Indian journal of veterinary science and animal husbandry - Volumes 18-21, 1948-1951
Year: 1948
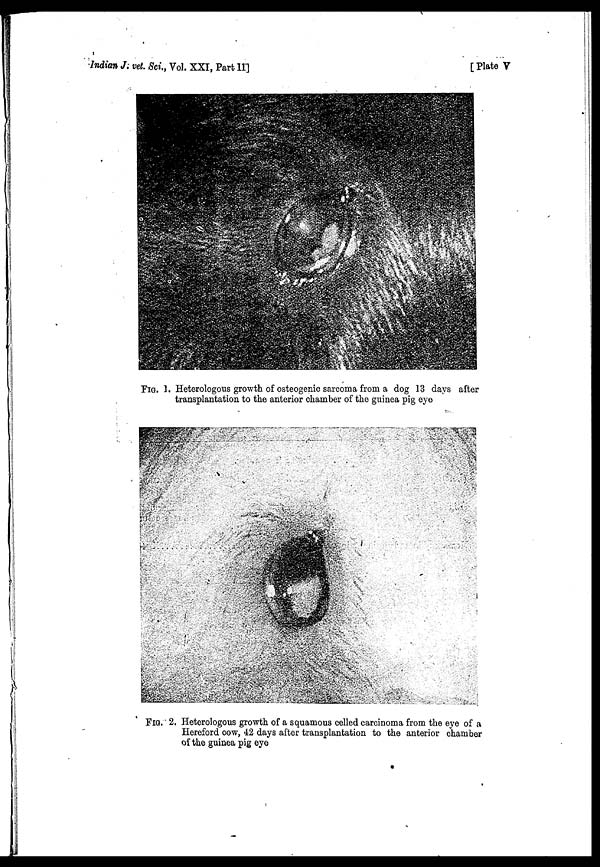
Indian J. vet. Sci., Vol. XXI, Part
II]
[Plate V
FIG. 1. Heterologous growth of osteogenic sarcoma from a dog 13 days after
transplantation to the anterior chamber of the guinea pig eye
FIG. 2. Heterologous growth of a squamous celled carcinoma from the eye of a
Hereford cow, 42 days after transplantation to the anterior chamber
of the guinea pig eye